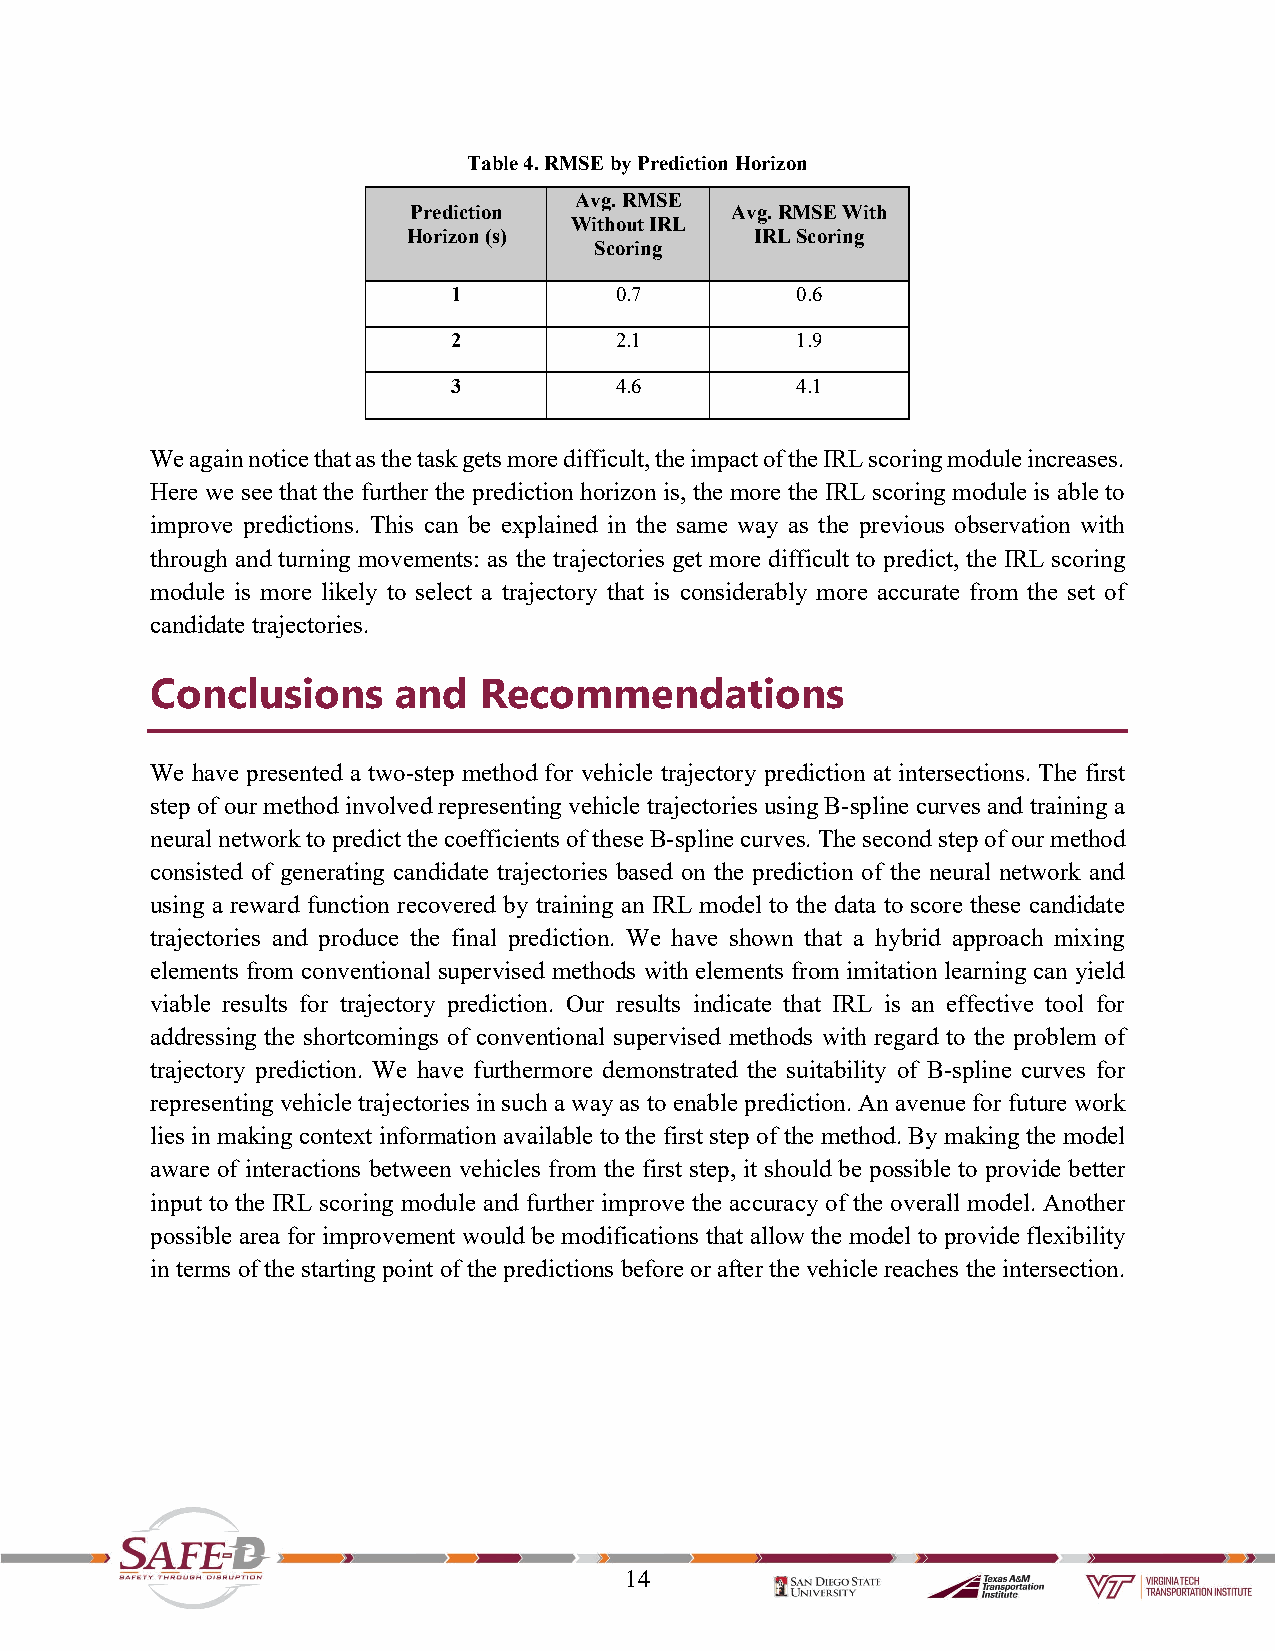
Table 4. RMSE by Prediction Horizon
 Avg. RMSE
 Prediction           Avg. RMSE With
 Without IRL
 Horizon (s)            IRL Scoring
 Scoring
 1          0.7         0.6
 2          2.1         1.9
 3          4.6         4.1
 We again notice that as the task gets more difficult, the impact of the IRL scoring module increases.
 Here we see that the further the prediction horizon is, the more the IRL scoring module is able to
 improve predictions. This can be explained in the same way as the previous observation with
 through and turning movements: as the trajectories get more difficult to predict, the IRL scoring
 module is more likely to select a trajectory that is considerably more accurate from the set of
 candidate trajectories.
 Conclusions     and   Recommendations
 We have presented a two-step method for vehicle trajectory prediction at intersections. The first
 step of our method involved representing vehicle trajectories using B-spline curves and training a
 neural network to predict the coefficients of these B-spline curves. The second step of our method
 consisted of generating candidate trajectories based on the prediction of the neural network and
 using a reward function recovered by training an IRL model to the data to score these candidate
 trajectories and produce the final prediction. We have shown that a hybrid approach mixing
 elements from conventional supervised methods with elements from imitation learning can yield
 viable results for trajectory prediction. Our results indicate that IRL is an effective tool for
 addressing the shortcomings of conventional supervised methods with regard to the problem of
 trajectory prediction. We have furthermore demonstrated the suitability of B-spline curves for
 representing vehicle trajectories in such a way as to enable prediction. An avenue for future work
 lies in making context information available to the first step of the method. By making the model
 aware of interactions between vehicles from the first step, it should be possible to provide better
 input to the IRL scoring module and further improve the accuracy of the overall model. Another
 possible area for improvement would be modifications that allow the model to provide flexibility
 in terms of the starting point of the predictions before or after the vehicle reaches the intersection.
 14